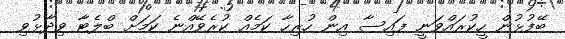
ބޭފުޅުން ހީކުރައްވަނީ ފައިސާ އިން ހުރިހާ ކަމެއް ކުރެވޭއްނެ ކަމަށް ބްލެޓާ ވިދާޅުވި